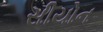
સીયોન